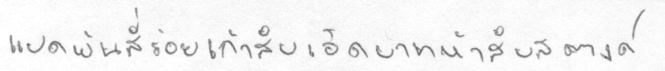
แปดพันสี่ร้อยเก้าสิบเอ็ดบาทห้าสิบสตางค์